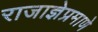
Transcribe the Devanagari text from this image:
राजाज्ञेप्रमाणे